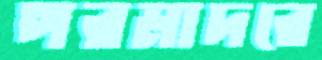
পরমাদরে